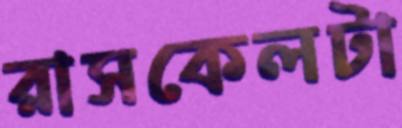
রাসকেলটা